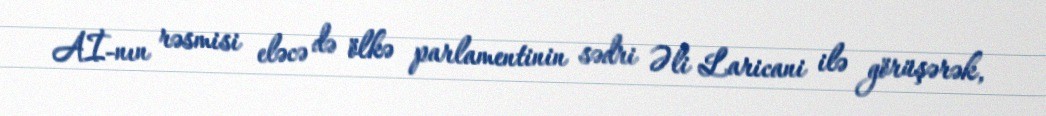
Aİ-nın rəsmisi eləcə də ölkə parlamentinin sədri Əli Laricani ilə görüşərək,